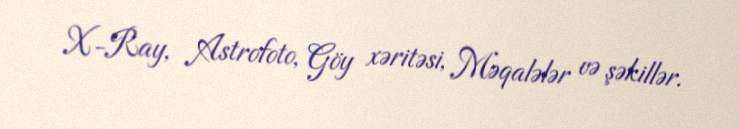
X-Ray, Astrofoto, Göy xəritəsi, Məqalələr və şəkillər.